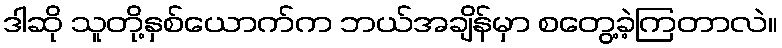
ဒါဆို သူတို့နှစ်ယောက်က ဘယ်အချိန်မှာ စတွေ့ခဲ့ကြတာလဲ။